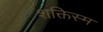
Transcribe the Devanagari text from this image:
शक्तिस्म